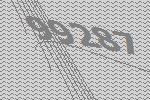
99287